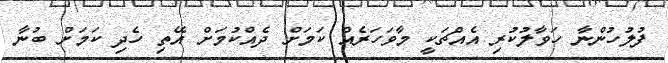
ފުލުހުންނާ ހަވާލުކުރި އެއްޗަކީ މާވަހަރެއް ކަމަށް ދެއްކުމަށް އޭތި ހެދި ކަމަށް ބުނާ